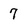
Character: 7